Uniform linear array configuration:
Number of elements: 48
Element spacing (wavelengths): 0.75
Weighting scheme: blackman
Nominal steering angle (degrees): -45
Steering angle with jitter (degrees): -45.65
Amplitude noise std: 0.05
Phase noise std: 0.05

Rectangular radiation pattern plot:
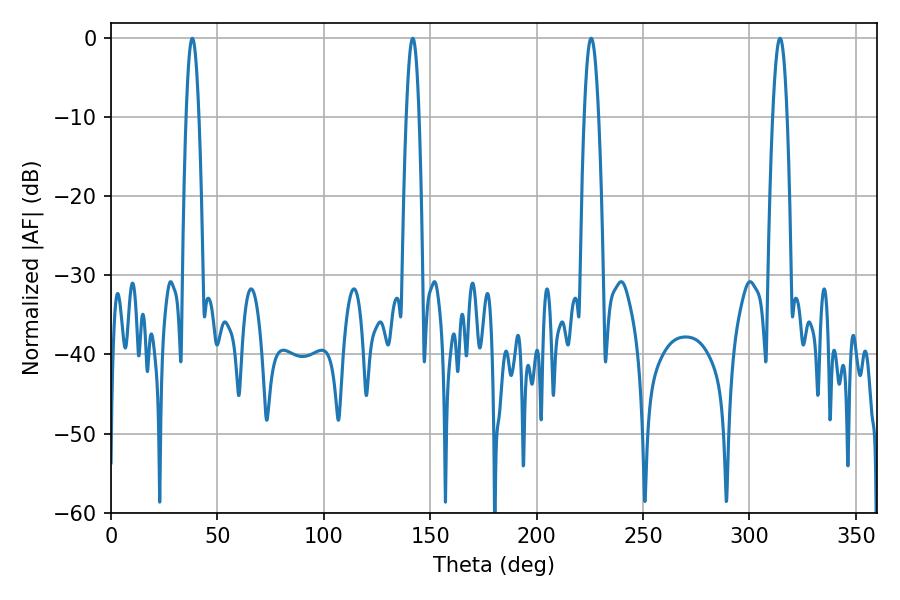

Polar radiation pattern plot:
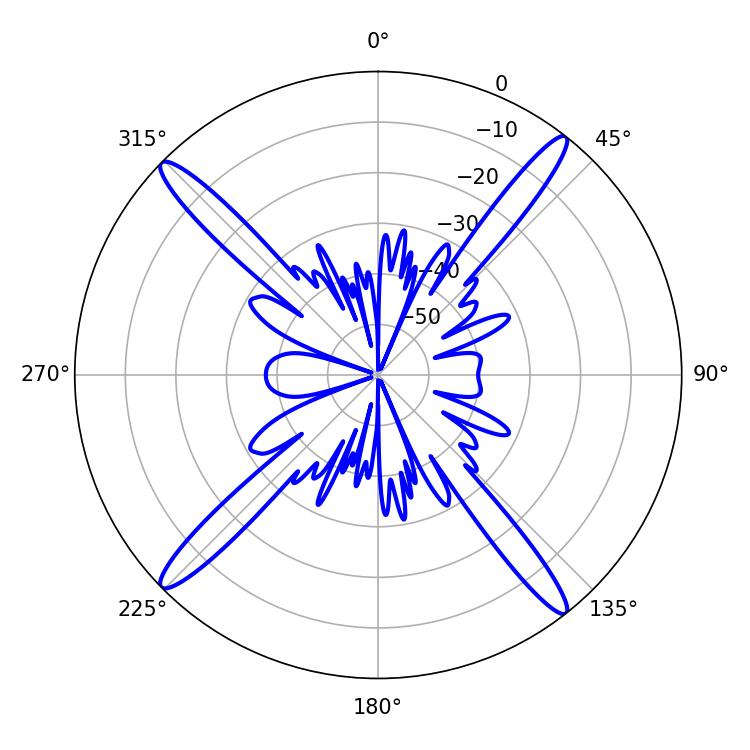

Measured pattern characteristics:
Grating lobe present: TRUE
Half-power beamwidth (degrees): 3.24
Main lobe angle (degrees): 38.16